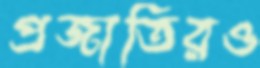
প্রজাতিরও